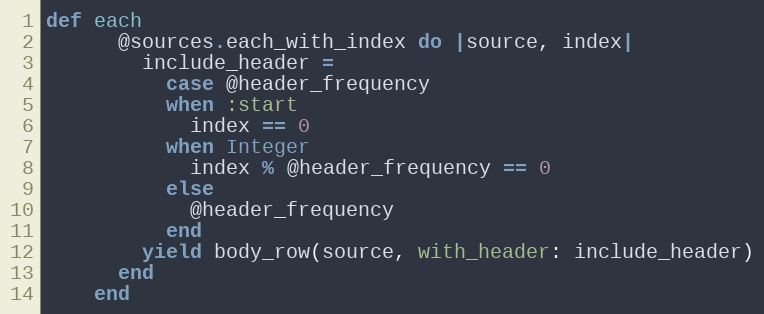
Language: Ruby
def each
      @sources.each_with_index do |source, index|
        include_header =
          case @header_frequency
          when :start
            index == 0
          when Integer
            index % @header_frequency == 0
          else
            @header_frequency
          end
        yield body_row(source, with_header: include_header)
      end
    end